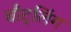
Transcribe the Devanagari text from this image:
बौट्लिंग